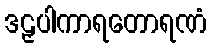
ဒဠှပါကာရတောရဏံ